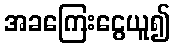
အခကြေးငွေယူ၍